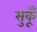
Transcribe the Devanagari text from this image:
सुकूँ